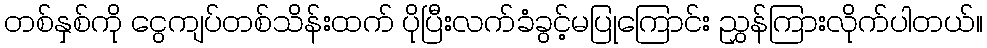
တစ်နှစ်ကို ငွေကျပ်တစ်သိန်းထက် ပိုပြီးလက်ခံခွင့်မပြုကြောင်း ညွှန်ကြားလိုက်ပါတယ်။